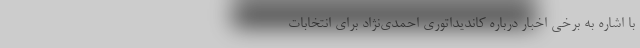
با اشاره به برخی اخبار درباره کاندیداتوری احمدی‌نژاد برای انتخابات